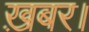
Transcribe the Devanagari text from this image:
ख़बर।